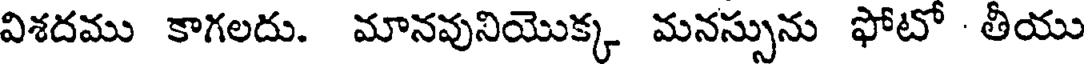
విశదము కాగలదు. మానవునియొక్క మనస్సును ఫోటో - తీయు